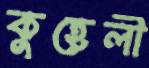
কুহেলী